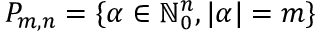
P _ { m , n } = \{ \alpha \in \mathbb { N } _ { 0 } ^ { n } , | \alpha | = m \}